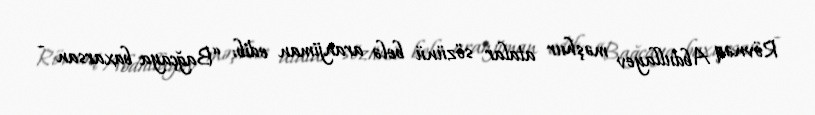
Rövnəq Abdullayev məşhur atalar sözünü belə aranjiman edib: “Bağçaya baxarsan -